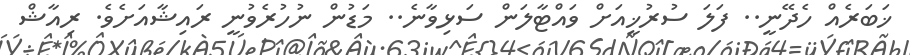
ޚަބަރެއް ހެދޭނީ.. ފަލަ ސުރުޚީއަށް ވައްޓާލަން ސަޅިވާނެ.. މަޑުން ނުހުރެވުނީ ރައިޝާއަށެވެ. ރިއާޝް